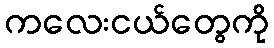
ကလေးငယ်တွေကို